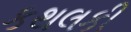
કથલકી